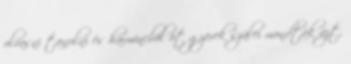
olvasni tanulni és harmincból öt gyerek szülei mondták azt,